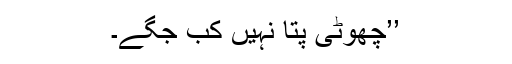
’’چھوٹی پتا نہیں کب جگے۔